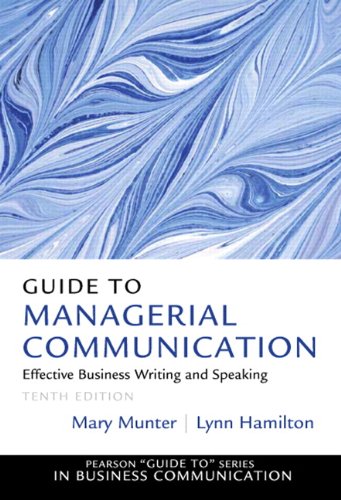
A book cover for Guide to Managerial Communication (10th Edition); Mary Munter; Business & Money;